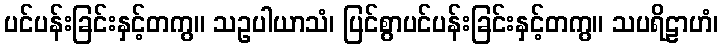
ပင်ပန်းခြင်းနှင့်တကွ။ သဥပါယာသံ၊ ပြင်စွာပင်ပန်းခြင်းနှင့်တကွ။ သပရိဠာဟံ၊